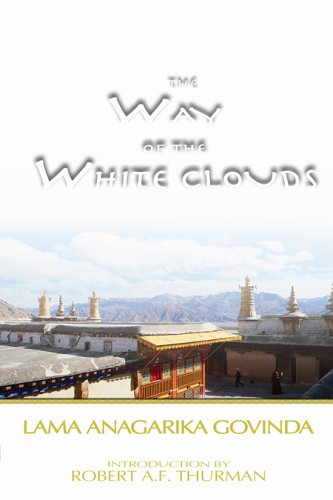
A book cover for The Way of the White Clouds; Lama Anagarika Govinda; Travel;